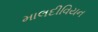
માલદીવિયન